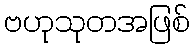
ဗဟုသုတအဖြစ်